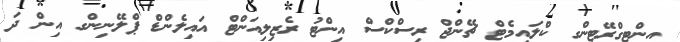
އިންޓިގްރޭޓިންގ ކްލައިމެޓް ޗޭންޖް ރިސްކްސް އިންޓު ރެޒިލިއަންޓް އައިލެންޑް ޕްލޭނިންގ އިން ދަ